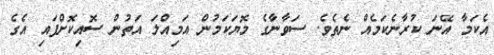
އެކަމާ އޭނަ ކުރާނެކަމެއް ނެތެވެ. ސަވާނާގެ މޮޔަކަމުން އަމިއްލަ އަތުން ސޮއިކޮށްފައި އެގެ